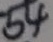
5 4